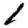
Digit: 1